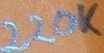
Text: 220K